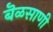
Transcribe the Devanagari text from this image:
बॆळसाणी